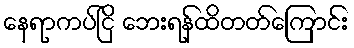
နေရာကပ်ငြိ ဘေးရန်ထိတတ်ကြောင်း